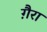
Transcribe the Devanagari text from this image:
गै़रा